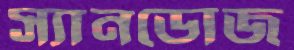
স্যানডোজ